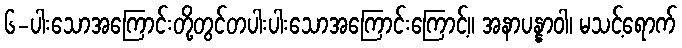
၆-ပါးသောအကြောင်းတို့တွင်တပါးပါးသောအကြောင်းကြောင့်။ အနာပန္နာဝါ၊ မသင့်ရောက်